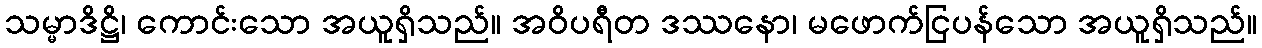
သမ္မာဒိဋ္ဌိ၊ ကောင်းသော အယူရှိသည်။ အဝိပရီတ ဒဿနော၊ မဖောက်ငြပန်သော အယူရှိသည်။